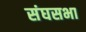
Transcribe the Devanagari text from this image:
संघसभा